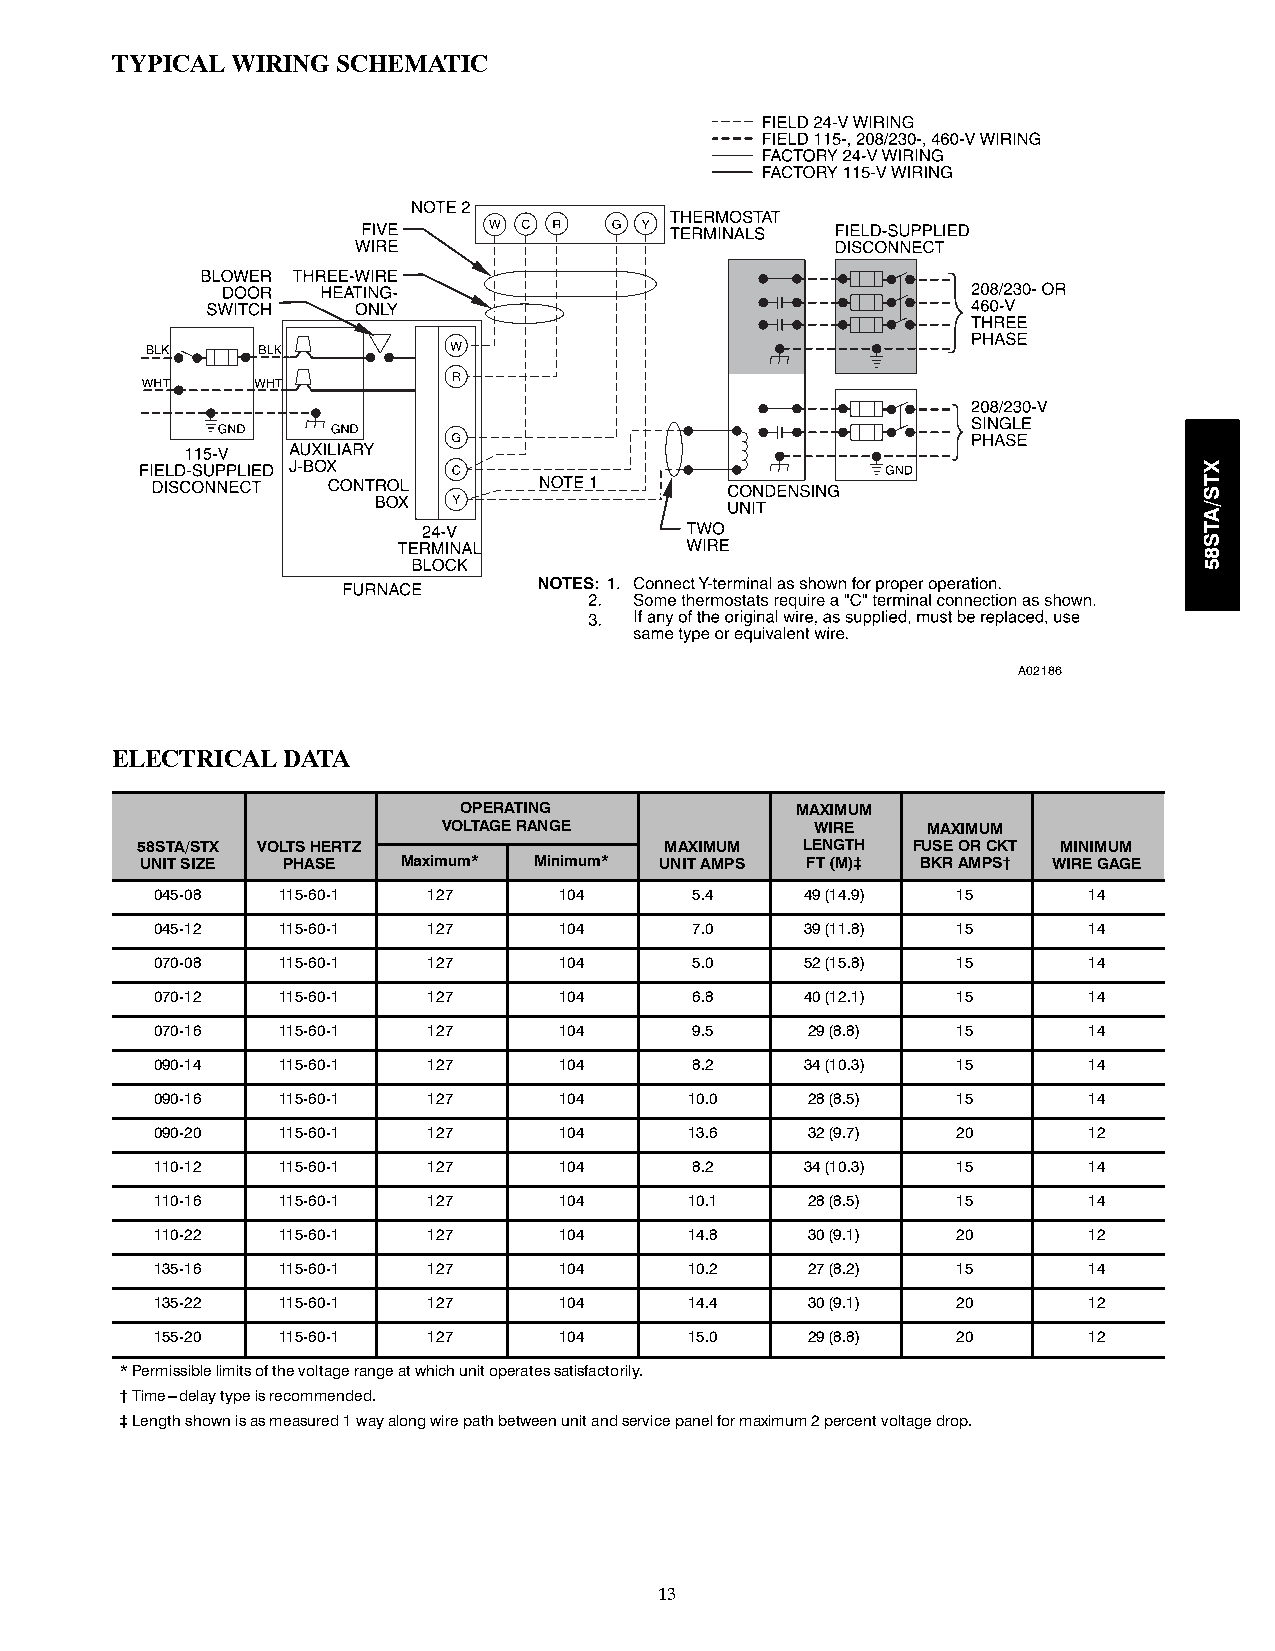
TYPICAL WIRING SCHEMATIC
 A02186
 ELECTRICAL  DATA
 OPERATING              MAXIMUM
 VOLTAGERANGE             WIRE   MAXIMUM
 58STA/STX VOLTSHERTZ               MAXIMUM  LENGTH FUSEORCKT MINIMUM
 UNITSIZE  PHASE   Maximum* Minimum* UNITAMPS FT(M)‡ BKRAMPS† WIREGAGE
 045-08  115-60-1  127      104      5.4    49(14.9)  15       14
 045-12  115-60-1  127      104      7.0    39(11.8)  15       14
 070-08  115-60-1  127      104      5.0    52(15.8)  15       14
 070-12  115-60-1  127      104      6.8    40(12.1)  15       14
 070-16  115-60-1  127      104      9.5    29(8.8)   15       14
 090-14  115-60-1  127      104      8.2    34(10.3)  15       14
 090-16  115-60-1  127      104      10.0   28(8.5)   15       14
 090-20  115-60-1  127      104      13.6   32(9.7)   20       12
 110-12  115-60-1  127      104      8.2    34(10.3)  15       14
 110-16  115-60-1  127      104      10.1   28(8.5)   15       14
 110-22  115-60-1  127      104      14.8   30(9.1)   20       12
 135-16  115-60-1  127      104      10.2   27(8.2)   15       14
 135-22  115-60-1  127      104      14.4   30(9.1)   20       12
 155-20  115-60-1  127      104      15.0   29(8.8)   20       12
 *Permissiblelimitsofthevoltagerangeatwhichunitoperatessatisfactorily.
 †Time---delaytypeisrecommended.
 ‡Lengthshownisasmeasured1wayalongwirepathbetweenunitandservicepanelformaximum2percentvoltagedrop.
 13
 XTS/ATS85